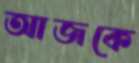
আজকে